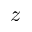
z